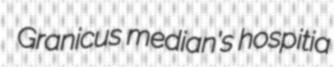
Granicus median's hospitia